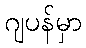
ဂျပန်မှာ